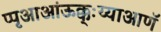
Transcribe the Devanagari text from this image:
प्पृआआंऊक्क्ःय्याआणॅ